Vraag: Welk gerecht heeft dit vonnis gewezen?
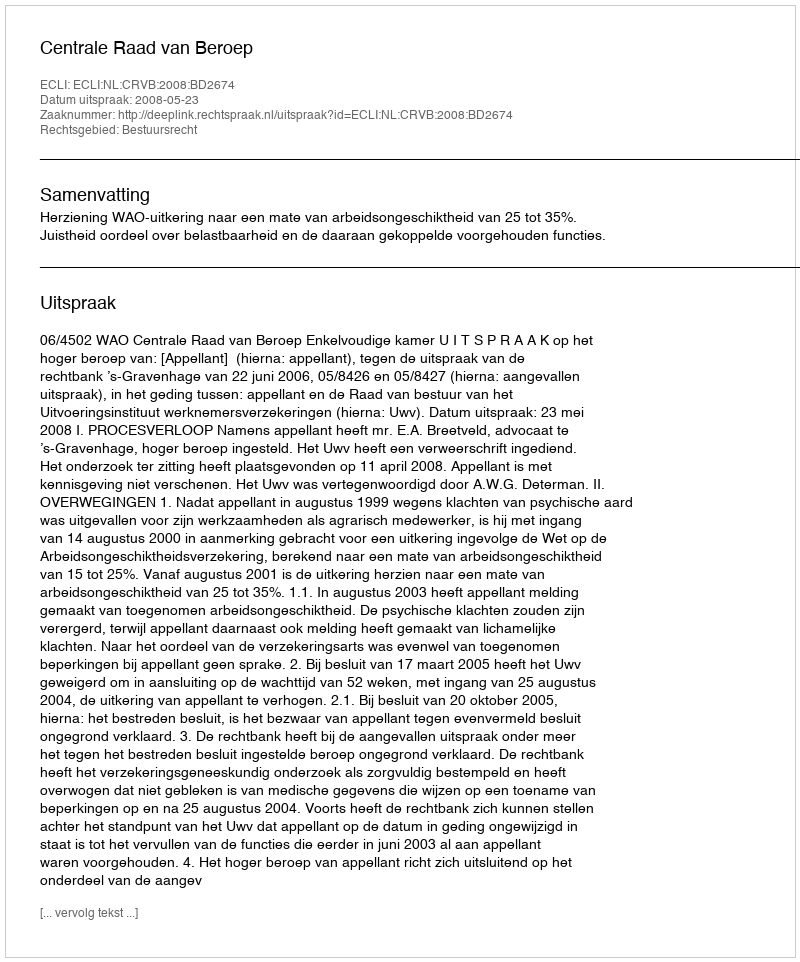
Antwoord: Centrale Raad van Beroep